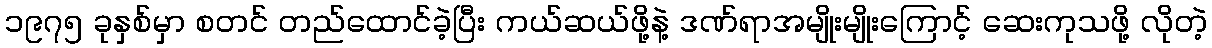
၁၉၇၅ ခုနှစ်မှာ စတင် တည်ထောင်ခဲ့ပြီး ကယ်ဆယ်ဖို့နဲ့ ဒဏ်ရာအမျိုးမျိုးကြောင့် ဆေးကုသဖို့ လိုတဲ့